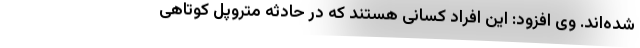
شده‌اند. وی افزود: این افراد کسانی هستند که در حادثه متروپل کوتاهی